Regulations for the medical services of the Army of India
Year: 1930
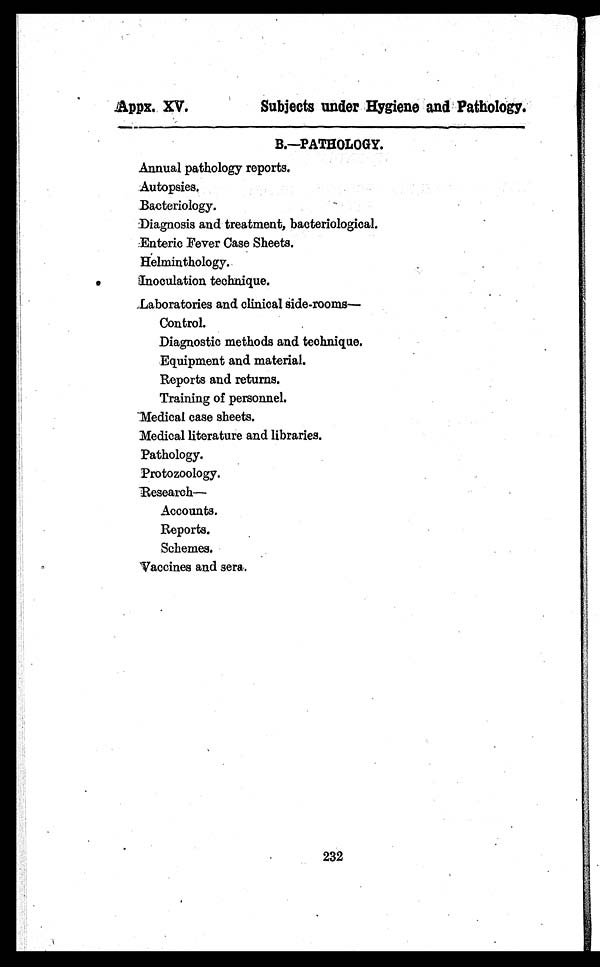
Appx. XV.
Subjects under Hygiene and Pathology.
B.—PATHOLOGY.
Annual pathology reports.
Autopsies.
Bacteriology.
Diagnosis and treatment, bacteriological.
Enteric Fever Case Sheets.
Helminthology.
Inoculation technique.
Laboratories and clinical side-rooms
—
Control.
Diagnostic methods and technique.
Equipment and material.
Reports and returns.
Training of personnel.
Medical case sheets.
Medical literature and libraries.
Pathology.
Protozoology.
Research—
Accounts.
Reports.
Schemes.
Vaccines and sera.
232